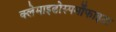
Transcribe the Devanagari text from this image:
क्लेमाइढोस्पर्मोफाइटा